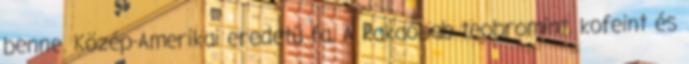
benne. Közép-Amerikai eredetű fa. A kakaóbab teobromint, kofeint és